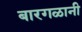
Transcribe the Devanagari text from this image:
बारगळानी